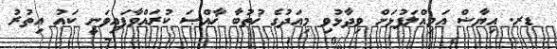
ޑރ. އިޔާޟް އަމިއްލަފުޅަށް ވިދާޅުވި މިއަދުގެ ޚުޠުބާ ޚާއްޞަ ކުރައްވާފައިވަނީ ކައު އިތުރު